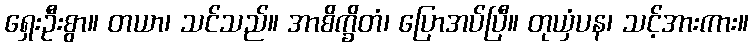
ရှေးဦးစွာ။ တယာ၊ သင်သည်။ အာစိက္ခိတံ၊ ပြောအပ်ပြီ။ တုယှံပန၊ သင့်အားကား။